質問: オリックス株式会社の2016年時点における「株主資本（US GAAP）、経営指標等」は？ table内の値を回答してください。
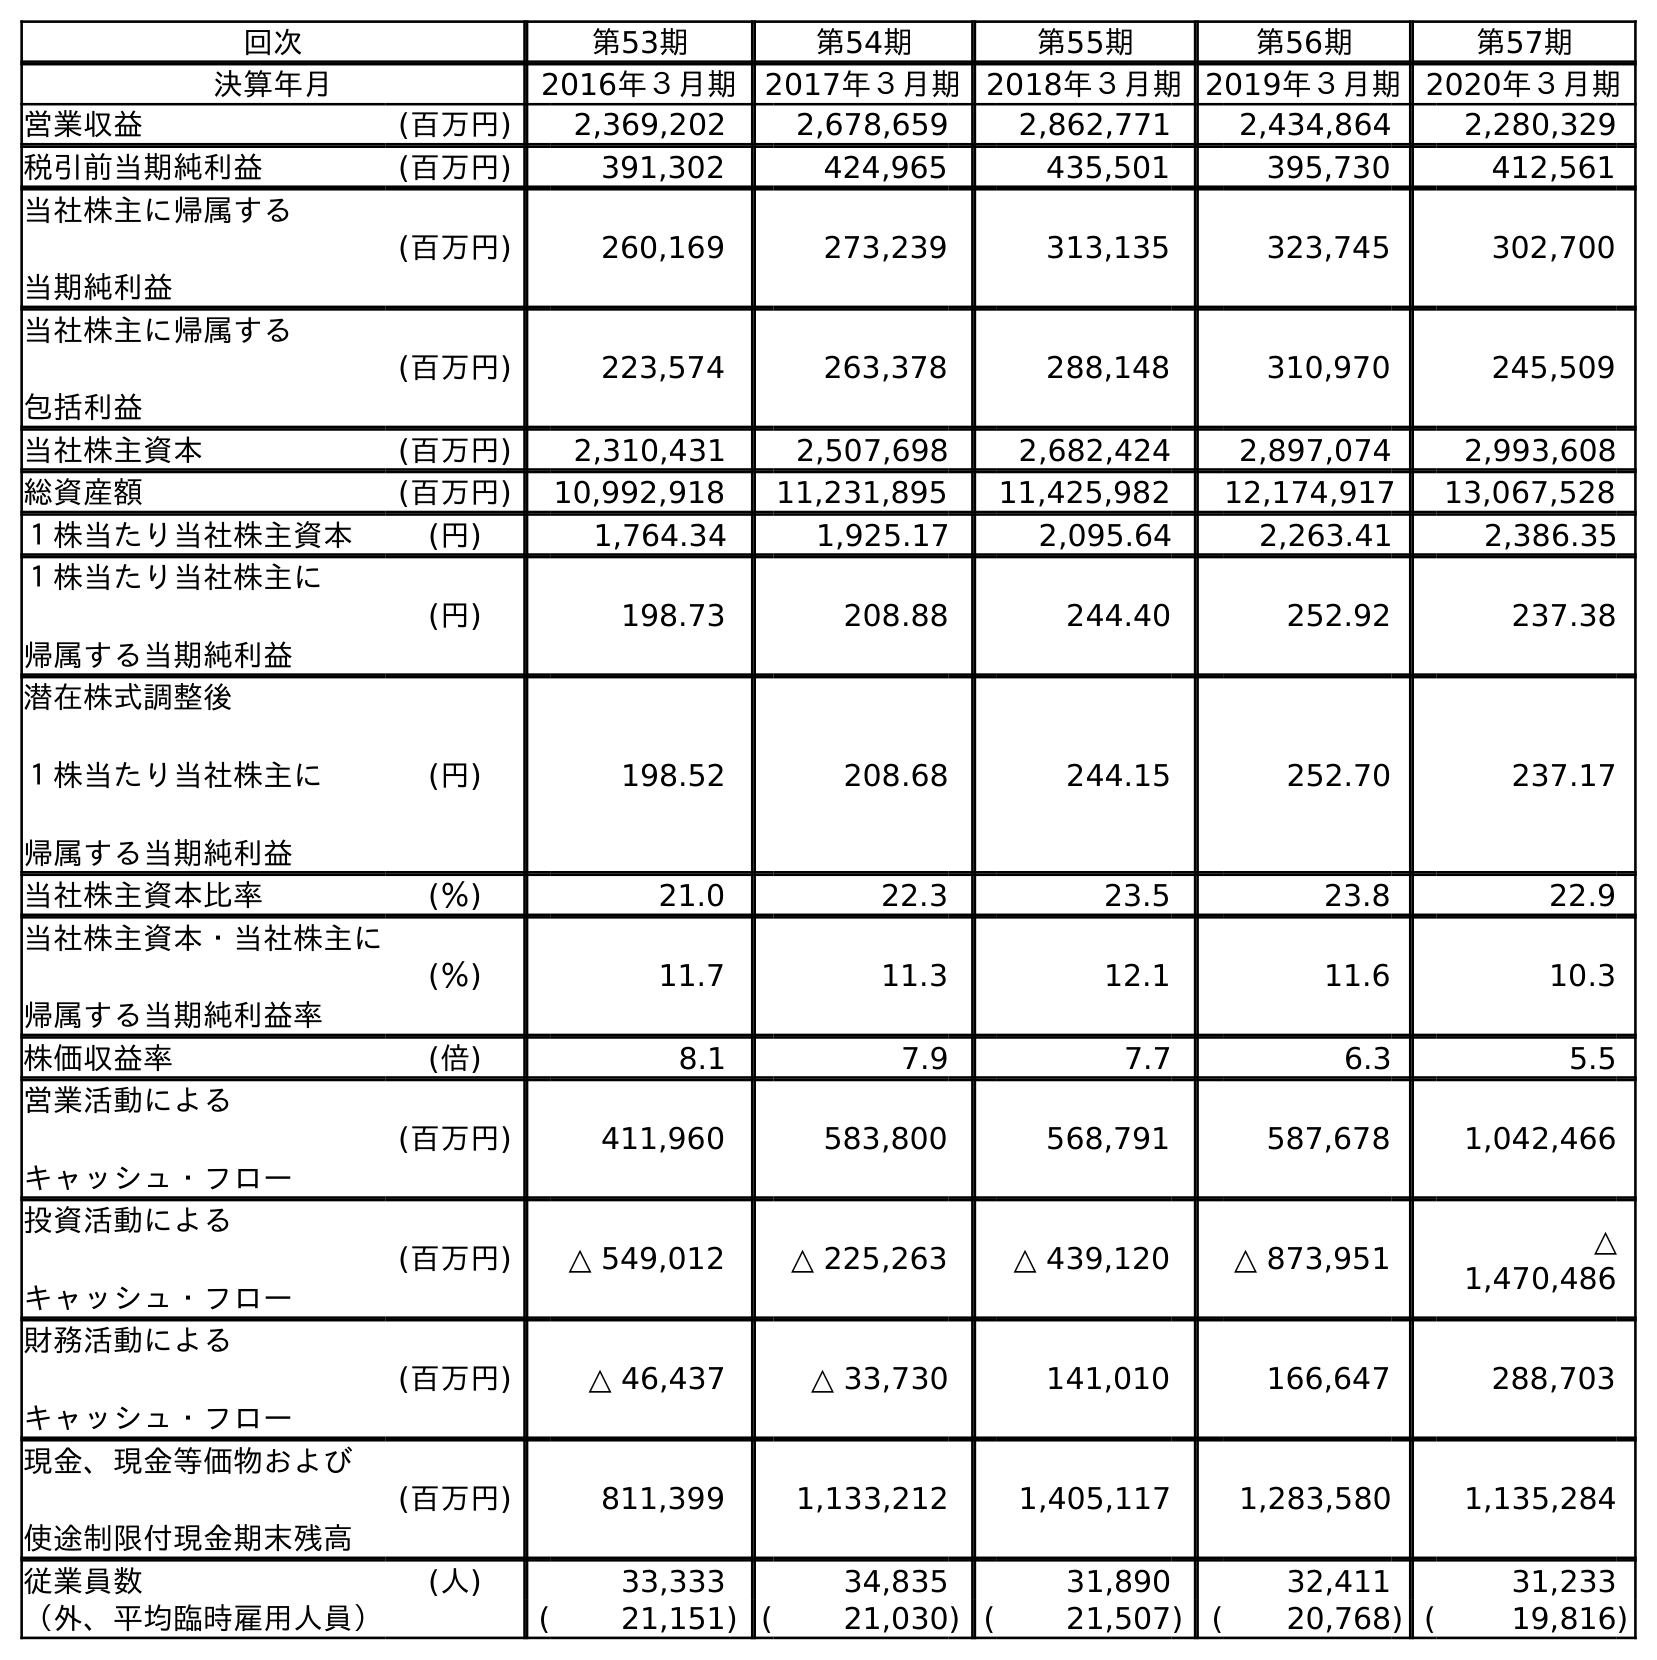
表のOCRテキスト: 回次 第53期 第54期 第55期 第56期 第57期 決算年月 2016年３月期 2017年３月期 2018年３月期2019年３月期2020年３月期 営業収益 (百万円) 2,369,202 2,678,659 2,862,771 2,434,864 2,280,329 税引前当期純利益 (百万円) 391,302 424,965 435,501 395,730 412,561 当社株主に帰属する 当期純利益 (百万円) 260,169 273,239 313,135 323,745 302,700 当社株主に帰属する 包括利益 (百万円) 223,574 263,378 288,148 310,970 245,509 当社株主資本 (百万円) 2,310,431 2,507,698 2,682,424 2,897,074 2,993,608 総資産額 (百万円) 10,992,918 11,231,895 11,425,982 12,174,917 13,067,528 １株当たり当社株主資本 (円) 1,764.34 1,925.17 2,095.64 2,263.41 2,386.35 １株当たり当社株主に 帰属する当期純利益 (円) 198.73 208.88 244.40 252.92 237.38 潜在株式調整後 １株当たり当社株主に 帰属する当期純利益 (円) 198.52 208.68 244.15 252.70 237.17 当社株主資本比率 (％) 21.0 22.3 23.5 23.8 22.9 当社株主資本・当社株主に 帰属する当期純利益率 (％) 11.7 11.3 12.1 11.6 10.3 株価収益率 (倍) 8.1 7.9 7.7 6.3 5.5 営業活動による キャッシュ・フロー (百万円) 411,960 583,800 568,791 587,678 1,042,466 投資活動による キャッシュ・フロー (百万円) △ 549,012 △ 225,263 △ 439,120 △ 873,951 △ 1,470,486 財務活動による キャッシュ・フロー (百万円) △ 46,437 △ 33,730 141,010 166,647 288,703 現金、現金等価物および 使途制限付現金期末残高 (百万円) 811,399 1,133,212 1,405,117 1,283,580 1,135,284 従業員数 (人) 33,333 34,835 31,890 32,411 31,233 （外、平均臨時雇用人員） ( 21,151) ( 21,030) ( 21,507) ( 20,768) ( 19,816)
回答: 2,310,431